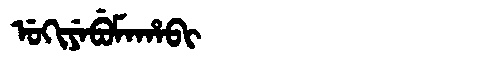
Manchu: ᡠᡴᡳᠶᡝᠪᡠᠮᠠᡥᠠᠪᡳ
Romanization: UKIYEBUMAHABI